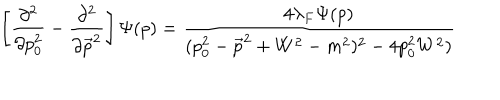
LaTeX: \left[ \frac { \partial ^ { 2 } } { \partial p _ { 0 } ^ { 2 } } - \frac { \partial ^ { 2 } } { \partial \vec { p } ^ { 2 } } \right] \Psi ( p ) = \frac { 4 \lambda _ { F } \Psi ( p ) } { ( p _ { 0 } ^ { 2 } - \vec { p } ^ { 2 } + W ^ { 2 } - m ^ { 2 } ) ^ { 2 } - 4 p _ { 0 } ^ { 2 } W ^ { 2 } ) }